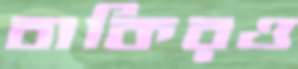
বাকিরও